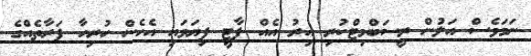
ނަމަވެސް އަލުން ރީސަބްމިޓްކުރި އިރު އެއް ޕާޓީ ފިޔަވައި އެހެން ހުރިހާ ފަރާތެއްގެ